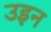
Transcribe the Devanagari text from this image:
उइन